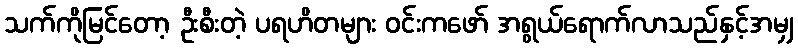
သက်ကိုမြင်တော့ ဦးစီးတဲ့ ပရဟိတများ ဝင်းကဖော် အရွယ်ရောက်လာသည်နှင့်အမျှ